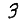
Digit: 3